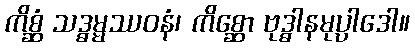
ကိစ္ဆံ သဒ္ဓမ္မဿဝနံ၊ ကိစ္ဆော ဗုဒ္ဓါနမုပ္ပါဒေါ။